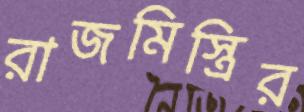
রাজমিস্ত্রির